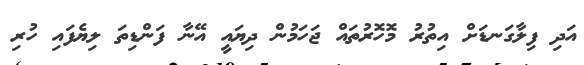
އަދި ފިލާގަނޑަށް އިތުރު މޮހޮރުތައް ޖަހަމުން ދިޔައީ އޭނާ ފަންޑިތަ ލިޔެފައި ހުރި